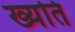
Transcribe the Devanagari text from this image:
ख्यति